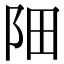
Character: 䧃